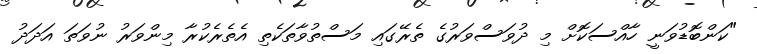
"ކަންބޮޑުވަނީ ހާއްސަކޮށް މި ދުވަސްވަރުގެ ތެރޭގައި މަސްތުވާތަކެތި އެތެރެކުރާ މިންވަރު ނުވަތަ އަދަދު